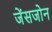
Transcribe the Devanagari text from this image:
जेंसजोन